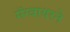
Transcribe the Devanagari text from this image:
मॅग्वायरने